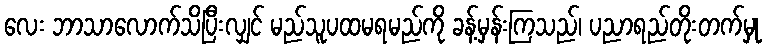
လေး ဘာသာလောက်သိပြီးလျှင် မည်သူပထမရမည်ကို ခန့်မှန်းကြသည်၊ ပညာရည်တိုးတက်မှု